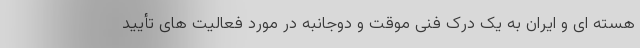
هسته ای و ایران به یک درک فنی موقت و دوجانبه در مورد فعالیت های تأیید